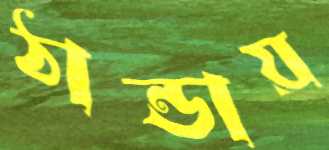
ঠান্ডায়